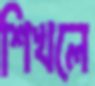
শিখলে